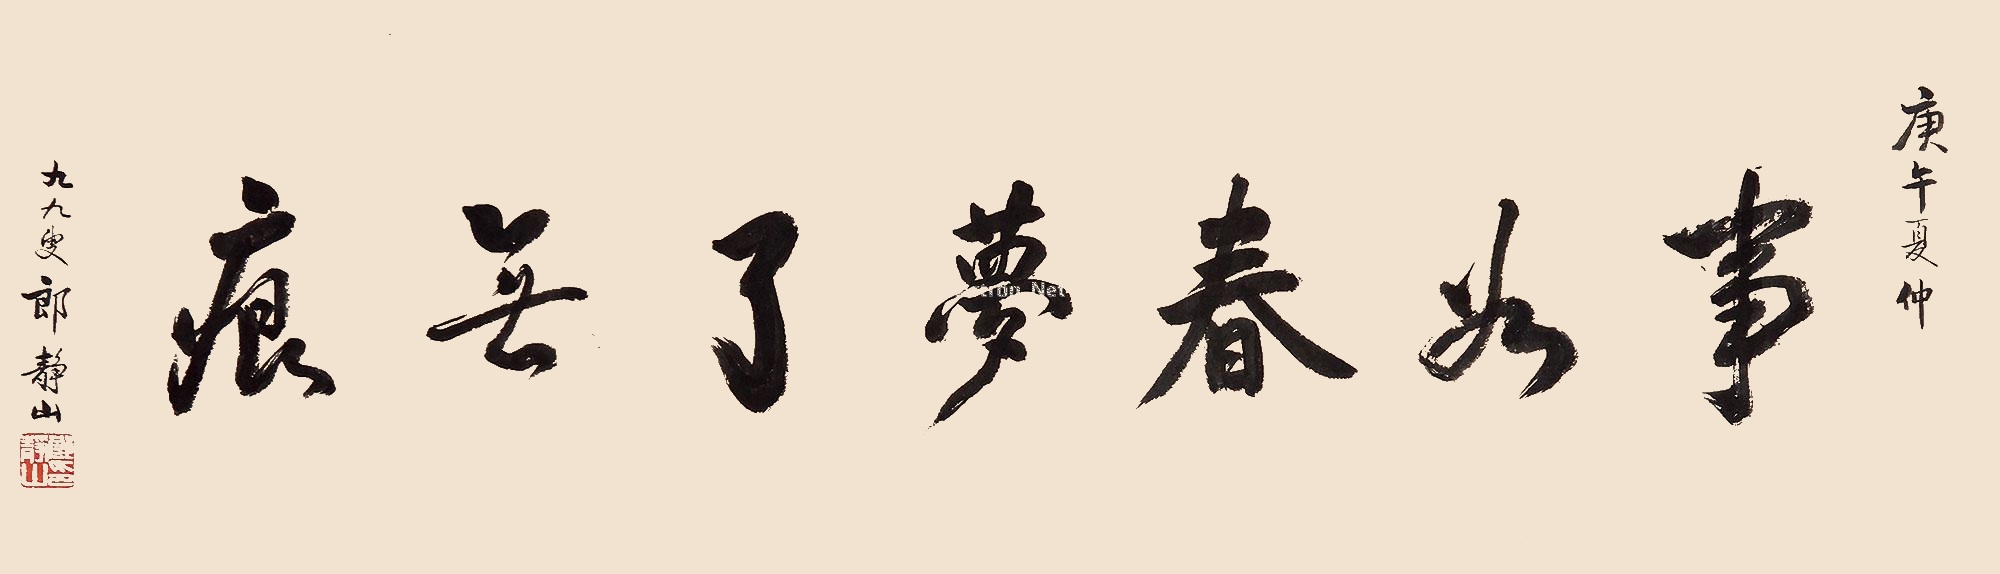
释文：事如春梦了无痕庚午夏仲，九九叟郎静山。